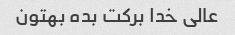
عالی خدا برکت بده بهتون